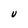
Character: U